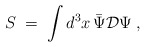
\begin{align*}S\;=\; \int d^3x \,\bar{\Psi} {\mathcal D} \Psi \;,\end{align*}